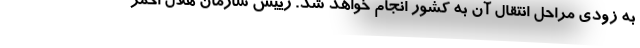
به زودی مراحل انتقال آن به کشور انجام خواهد شد. رییس سازمان هلال احمر